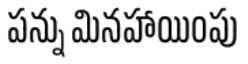
పన్ను మినహాయింపు